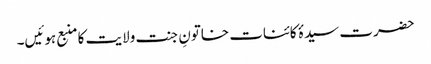
حضرت سیدۂ کائنات خاتونِ جنت ولایت کا منبع ہوئیں۔